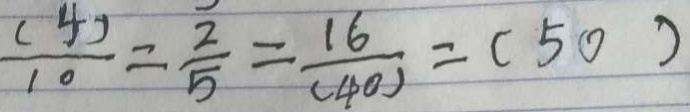
\frac { ( 4 ) } { 1 0 } = \frac { 2 } { 5 } = \frac { 1 6 } { ( 4 0 ) } = ( 5 0 )